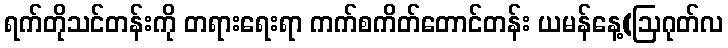
ရက်တိုသင်တန်းကို တရားရေးရာ ကက်စကိတ်တောင်တန်း ယမန်နေ့(ဩဂုတ်လ